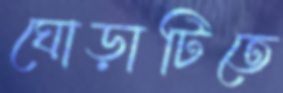
ঘোড়াটিতে